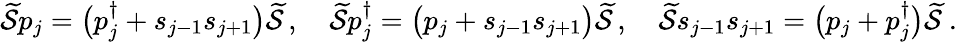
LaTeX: \begin{array}{r}{\widetilde{\mathcal{S}}p_{j}=\big(p_{j}^{\dagger}+s_{j-1}s_{j+1}\big)\widetilde{\mathcal{S}}\, ,\quad\widetilde{\mathcal{S}}p_{j}^{\dagger}=\big(p_{j}+s_{j-1}s_{j+1}\big)\widetilde{\mathcal{S}}\, ,\quad\widetilde{\mathcal{S}}s_{j-1}s_{j+1}=\big(p_{j}+p_{j}^{\dagger}\big)\widetilde{\mathcal{S}}\ .}\end{array}